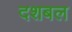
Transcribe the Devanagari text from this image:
दशबल